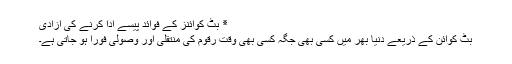
٭ بِٹ کوائنز کے فوائد پیسے ادا کرنے کی آزادی
بِٹ کوائن کے ذریعے دنیا بھر میں کسی بھی جگہ کسی بھی وقت رقوم کی منتقلی اور وصولی فوراً ہو جاتی ہے۔